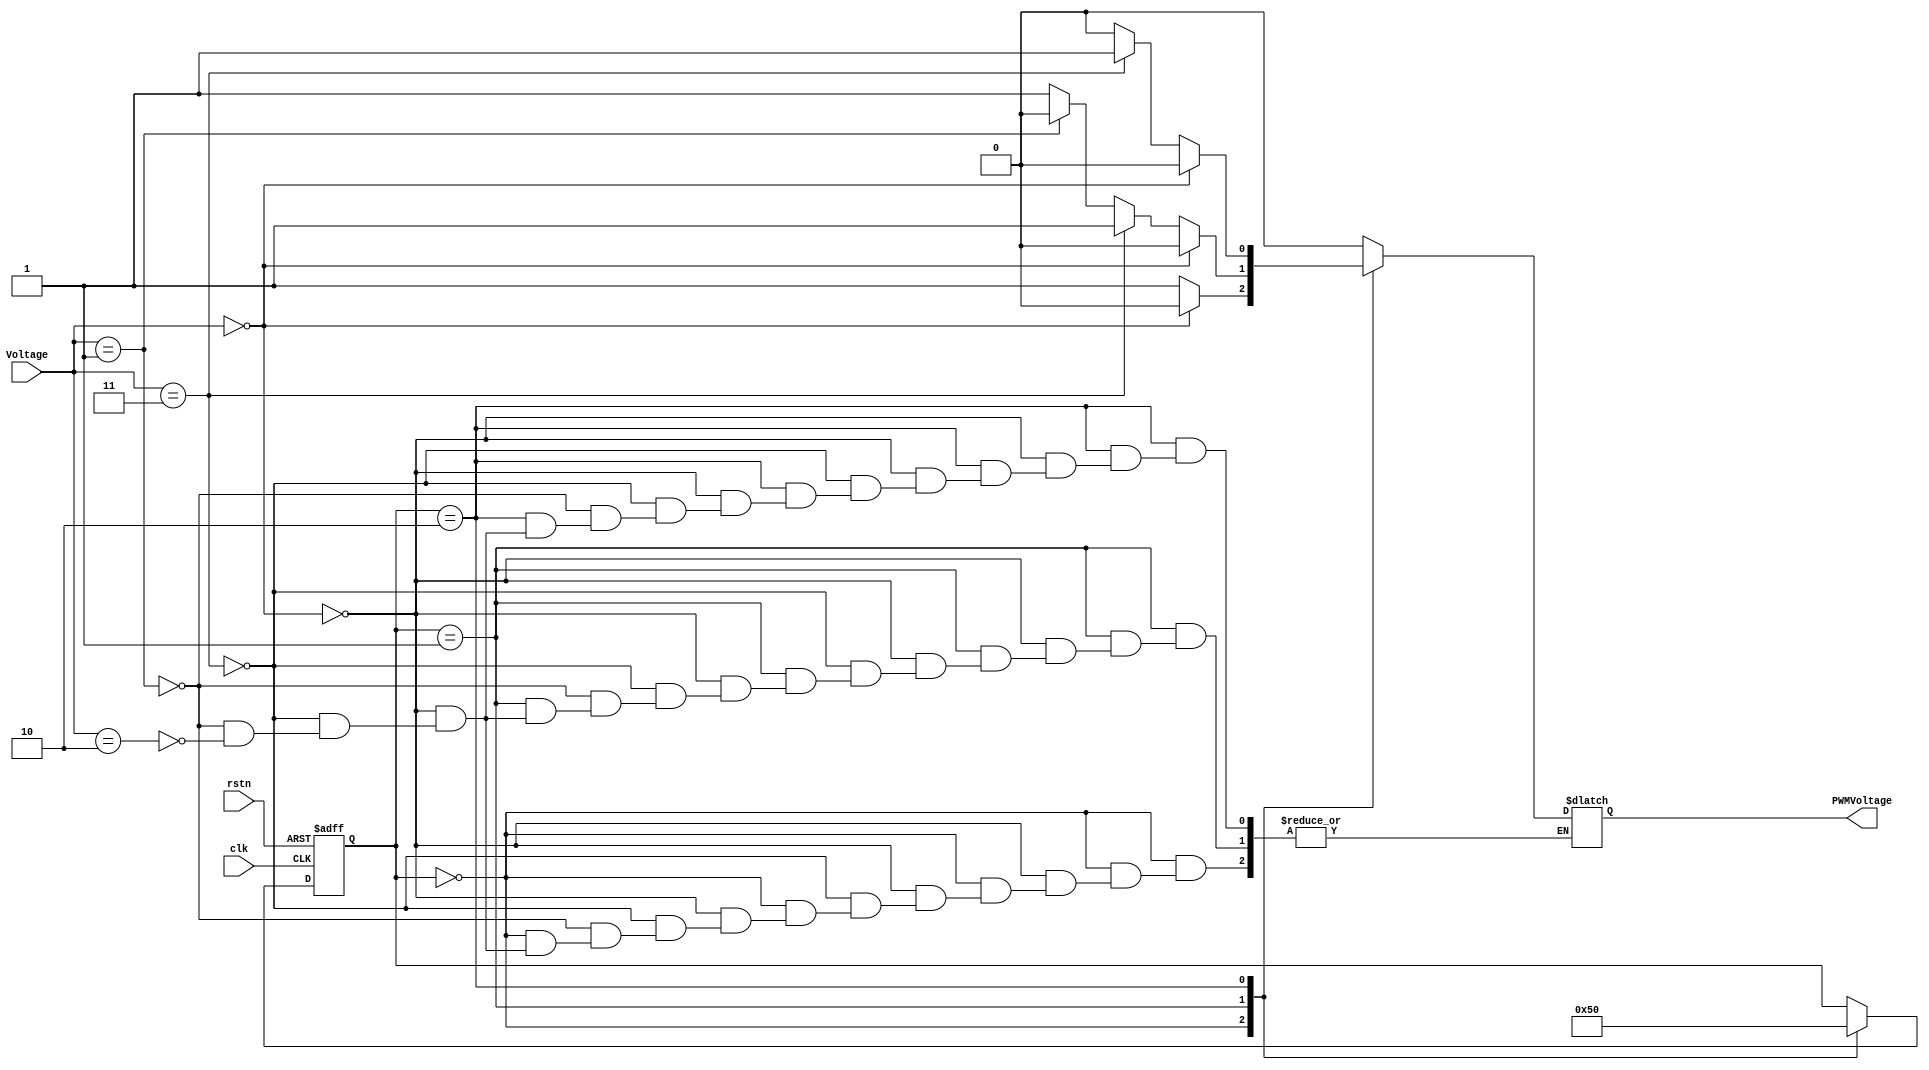
// Duty, PWM => (00, 000=0V), (11,111=3V), (01,100=1V), (10,110=2V)
module PWM(clk, rstn, Voltage, PWMVoltage);

	input clk, rstn;
	input [1:0] Voltage;

	output PWMVoltage;

	reg PWMVoltage;
	reg [2:0] state;

	parameter PWM0=0, PWM1=1, PWM2=2 ;

	always @(state) 
	begin
		case (state)
			PWM0:
			begin
				if (Voltage == 2'b00)
					PWMVoltage = 1'b0;
				else if (Voltage == 2'b11)
					PWMVoltage = 1'b1;
				else if (Voltage == 2'b01)
					PWMVoltage = 1'b1;
				else if (Voltage == 2'b10)
					PWMVoltage = 1'b1;
			end
			PWM1:
			begin
				if (Voltage == 2'b00)
					PWMVoltage = 1'b0;
				else if (Voltage == 2'b11)
					PWMVoltage = 1'b1;
				else if (Voltage == 2'b01)
					PWMVoltage = 1'b0;
				else if (Voltage == 2'b10)
					PWMVoltage = 1'b1;
			end
			PWM2:
			begin
				if (Voltage == 2'b00)
					PWMVoltage = 1'b0;
				else if (Voltage == 2'b11)
					PWMVoltage = 1'b1;
				else if (Voltage == 2'b01)
					PWMVoltage = 1'b0;
				else if (Voltage == 2'b10)
					PWMVoltage = 1'b0;
			end

			default:
			begin
				PWMVoltage = 1'b0;
			end
		endcase
	end

	always @(posedge clk or negedge rstn)
	begin
		if (rstn == 0)
			begin
			state = PWM0;
			end
		else
			begin

			case (state)
				PWM0:
					state = PWM1;
				PWM1:
					state = PWM2;
				PWM2:
					state = PWM0;

			endcase
			end
	end

endmodule